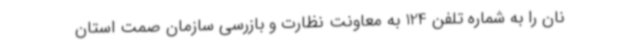
نان را به شماره تلفن 124 به معاونت نظارت و بازرسی سازمان صمت استان